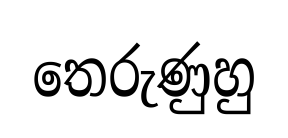
තෙරුණුහු